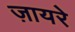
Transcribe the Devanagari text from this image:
ज़ायरे